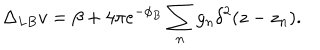
\Delta _ { L B } v = \beta + 4 \pi e ^ { - \phi _ { B } } \sum _ { n } g _ { n } \delta ^ { 2 } ( z - z _ { n } ) .